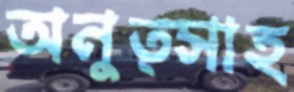
অনুত্সাহ